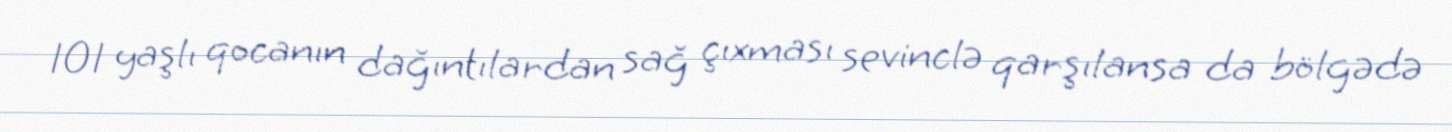
101 yaşlı qocanın dağıntılardan sağ çıxması sevinclə qarşılansa da bölgədə